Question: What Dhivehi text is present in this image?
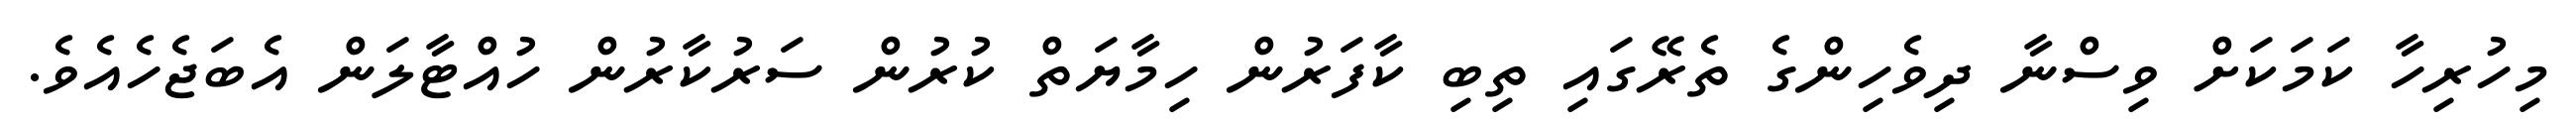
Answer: މިހުރިހާ ކަމަކަށް ވިސްނާ ދިވެހިންގެ ތެރޭގައި ތިބި ކާފަރުން ހިމާޔަތް ކުރުން ސަރުކާރުން ހުއްޓާލަން އެބަޖެހެއެވެ.